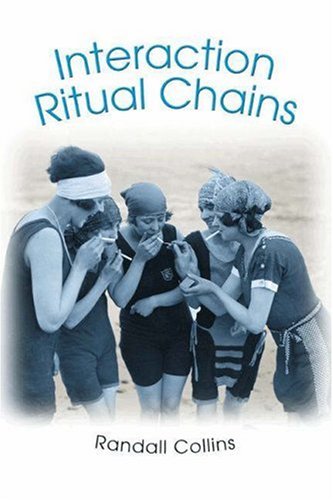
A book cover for Interaction Ritual Chains (Princeton Studies in Cultural Sociology); Randall Collins; Politics & Social Sciences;